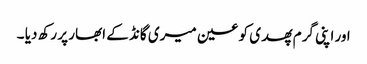
اور اپنی گرم پھدی کو عین میری گانڈ کے ابھار پر رکھ دیا ۔